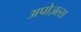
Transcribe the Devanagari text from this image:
अपोज़ल्स